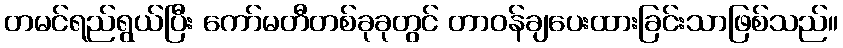
တမင်ရည်ရွယ်ပြီး ကော်မတီတစ်ခုခုတွင် တာဝန်ချပေးထားခြင်းသာဖြစ်သည်။